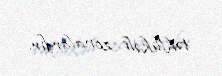
təhlükəli zonalardır.